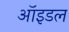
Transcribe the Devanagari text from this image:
ऑइडल